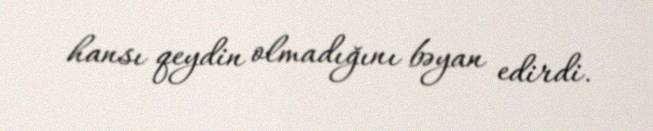
hansı qeydin olmadığını bəyan edirdi.